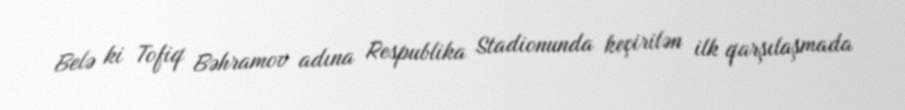
Belə ki Tofiq Bəhramov adına Respublika Stadionunda keçirilən ilk qarşılaşmada